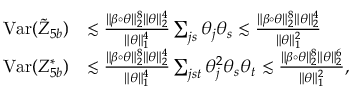
\begin{array} { r l } { \mathrm { V a r } ( \tilde { Z } _ { 5 b } ) } & { \lesssim \frac { \| \beta \circ \theta \| _ { 2 } ^ { 8 } \| \theta \| _ { 2 } ^ { 4 } } { \| \theta \| _ { 1 } ^ { 4 } } \sum _ { j s } \theta _ { j } \theta _ { s } \lesssim \frac { \| \beta \circ \theta \| _ { 2 } ^ { 8 } \| \theta \| _ { 2 } ^ { 4 } } { \| \theta \| _ { 1 } ^ { 2 } } } \\ { \mathrm { V a r } ( Z _ { 5 b } ^ { * } ) } & { \lesssim \frac { \| \beta \circ \theta \| _ { 2 } ^ { 8 } \| \theta \| _ { 2 } ^ { 4 } } { \| \theta \| _ { 1 } ^ { 4 } } \sum _ { j s t } \theta _ { j } ^ { 2 } \theta _ { s } \theta _ { t } \lesssim \frac { \| \beta \circ \theta \| _ { 2 } ^ { 8 } \| \theta \| _ { 2 } ^ { 6 } } { \| \theta \| _ { 1 } ^ { 2 } } , } \end{array}